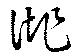
誂